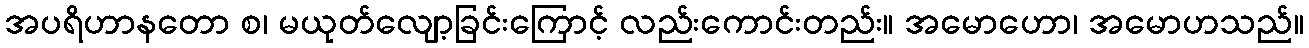
အပရိဟာနတော စ၊ မယုတ်လျော့ခြင်းကြောင့် လည်းကောင်းတည်း။ အမောဟော၊ အမောဟသည်။